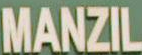
MANZIL